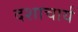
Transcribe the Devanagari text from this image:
दशाचार्य